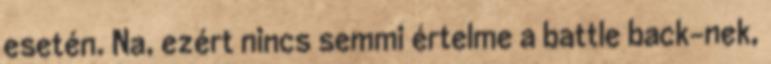
esetén. Na, ezért nincs semmi értelme a battle back-nek,